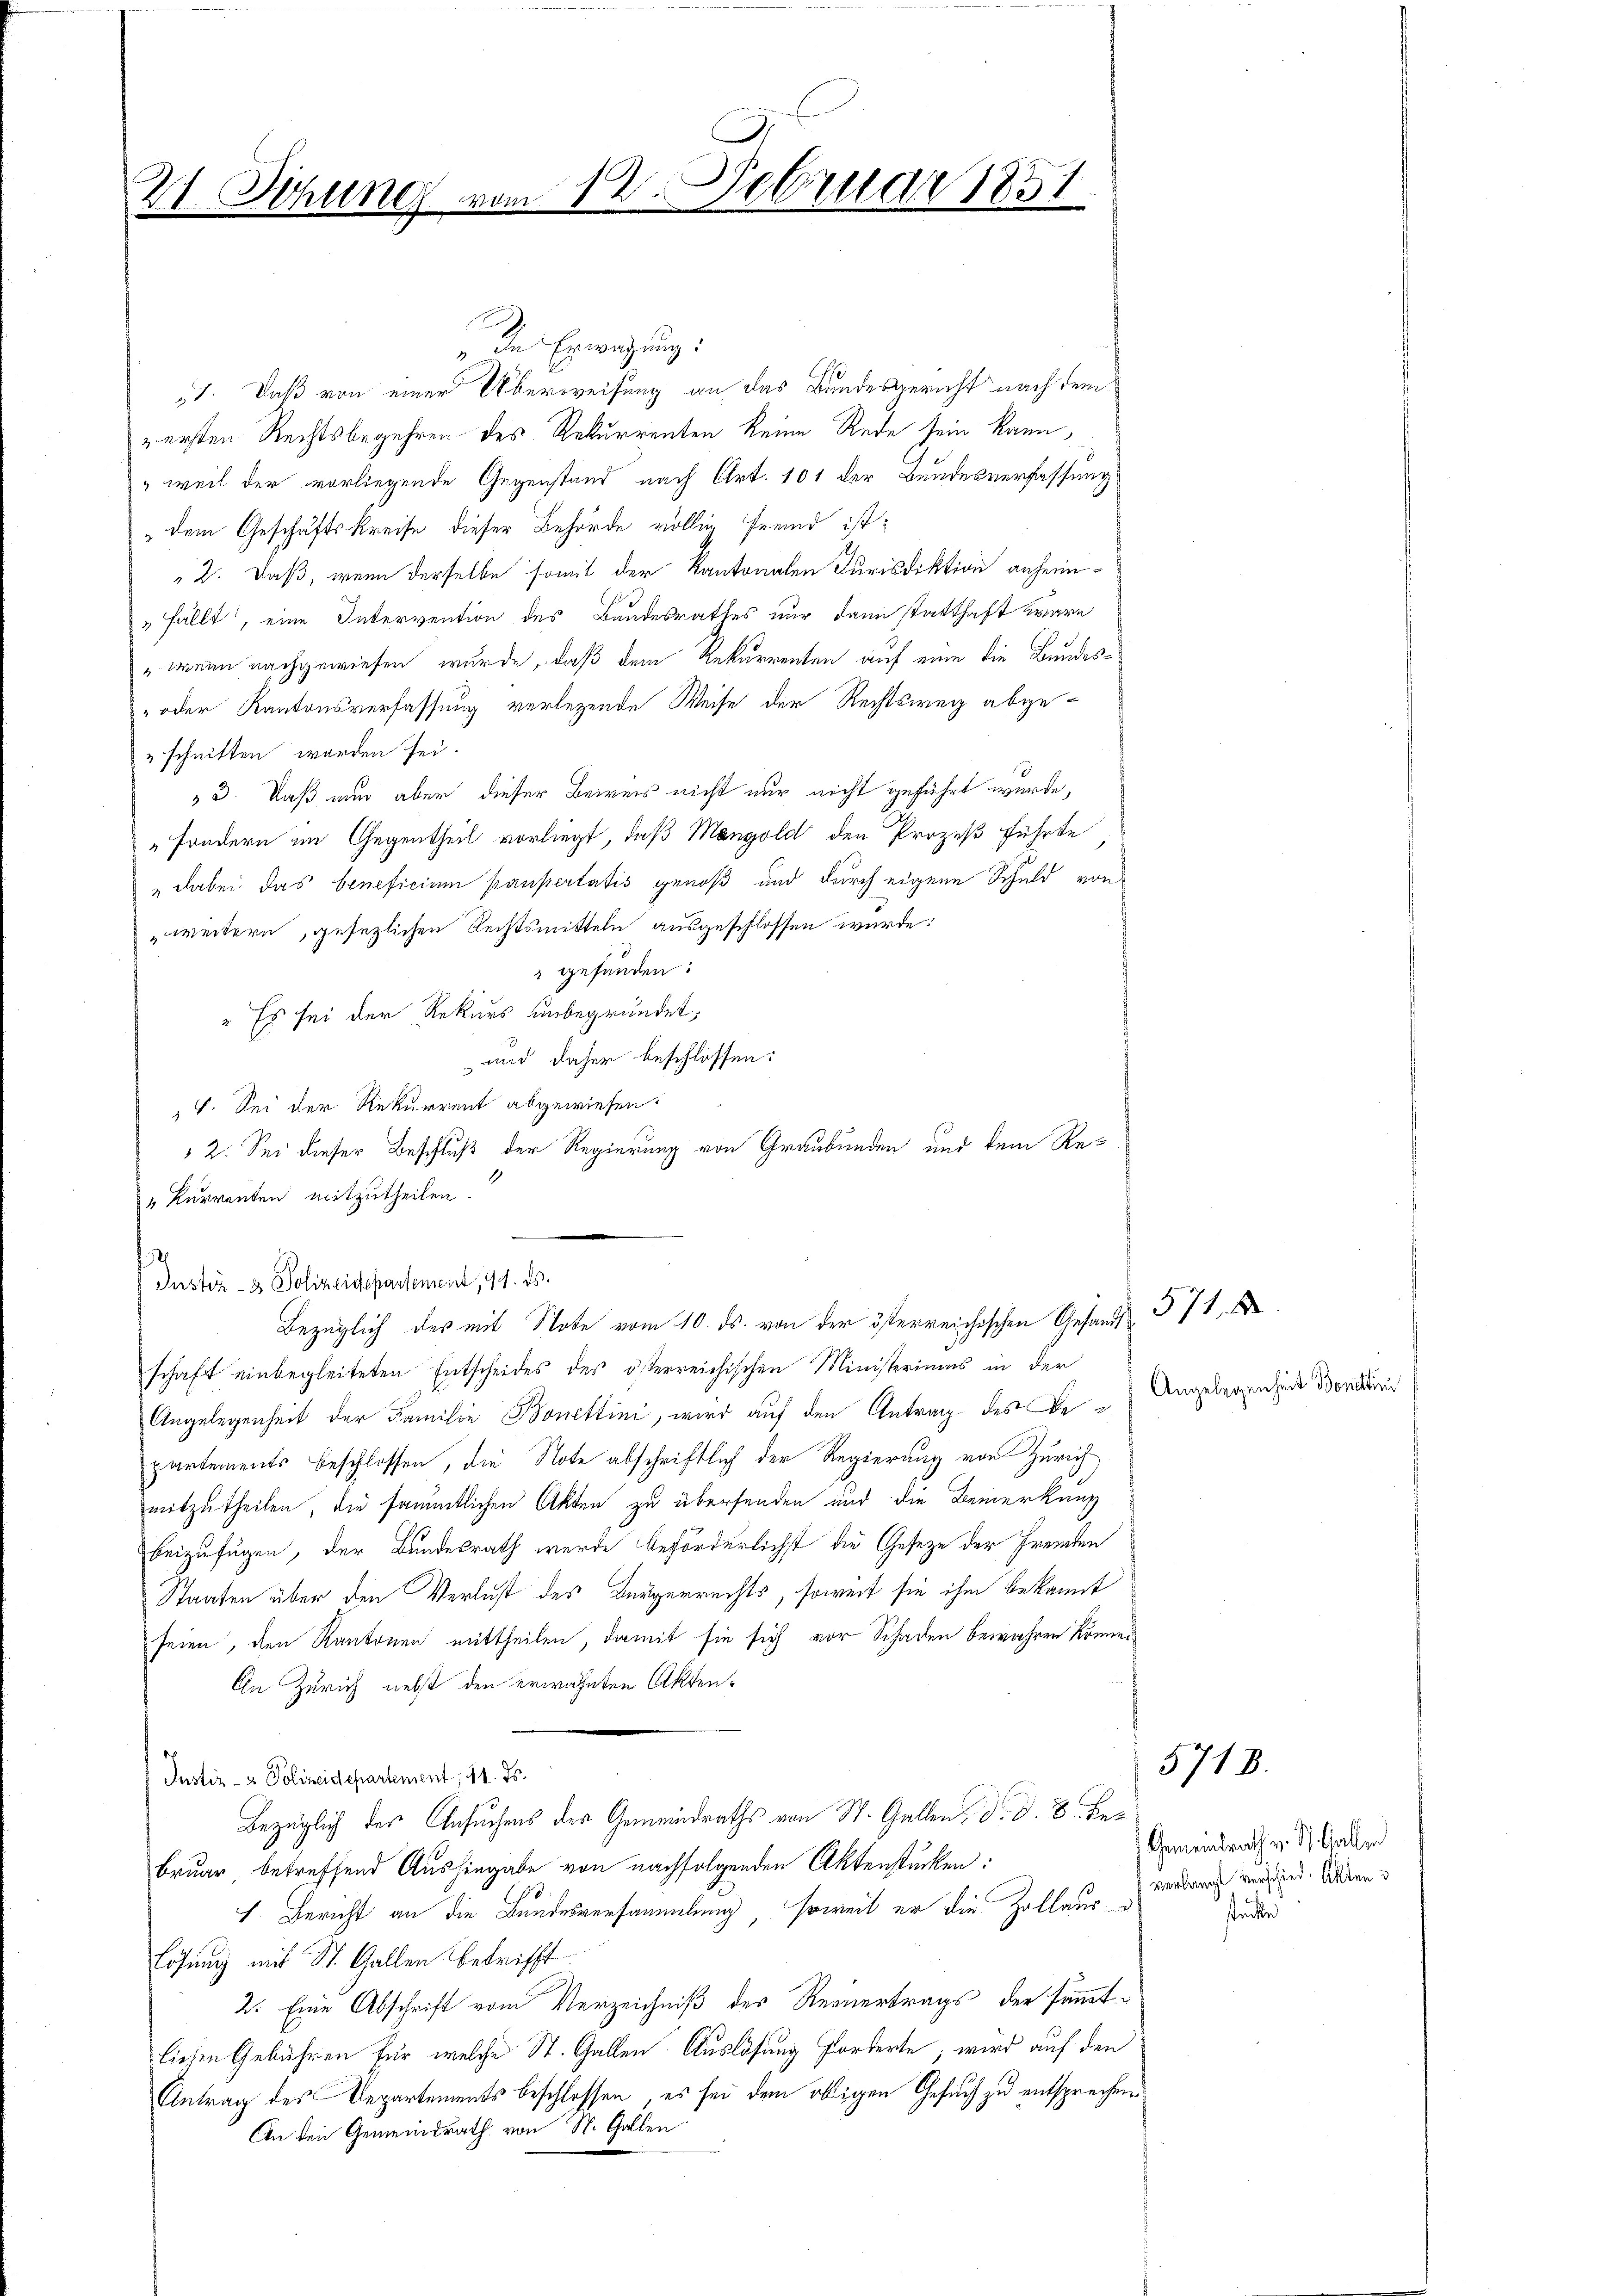
Di
21. Sitzung vom 12. Februar 1851.

In Erwägung:
1. Daß von einer Überweisung an das Bundesgericht nach dem
z ersten Rechtsbegehren des Rekurrenten keine Rede sein kann,
„weil der vorliegende Gegenstand nach Art. 101 der Bundesverfassung
„dem Geschäftskreise dieser Behörde völlig fremd ist:
2. Daß, wenn derselbe somit der Kantonalen Jurisdiktion anheim¬
"fällt, eine Intervention des Bandesrathes nur dann statthaft wäre
„wenn nachgewiesen wurde, daß dem Rekurrenten auf eine die Bundes¬
oder Kantonsverfassung verlegende Weise der Rechtsweg abgeschnitten worden sei.
3. Daß nun aber dieser Beweis nicht nur nicht geführt wurde,
„sondern im Gegentheil vorliegt, daß Mangold den Prozeß führte
dabei das beneficium paupertatis genoß und durch eigene Schuld von
weitern, gesezlichen Rechtsmitteln ausgeschlossen wurde:
 gefunden:
" Es sei der Rekurs unbegründet;
und daher beschlossen:
 4. Sei der Rekurrent abgewiesen.
2. Sei dieser Beschluß der Regierung von Graubünden und dem Re¬
„Kurrenten mitzutheilen.
Instiz- & Polizeisepartement, 197. ds.
Bezüglich des mit Note vom 10. ds. von der österreichischen Gesandt 571
schaft einbegleiteten Entscheides des österreichischen Ministeriums in der
Angelegenheit der Familie Bonettini, wird auf den Antrag des Be
partements beschlossen, die Note abschriftlich der Regierung von Zürich
mitzutheilen, die sämmtlichen Akten zu übersenden und die Bemerkung
beizufügen, der Bundesrath wurde beförderlichst die Gesetze der Fremden
Staaten über den Verlust des Bürgerrechts, soweit sie ihm bekannt
seien, den Kantonen mittheilen, damit sie sich vor Schaden bewahren könne.
An Zürich nebst den erwähnten Akten¬
Justiz- & Polizeidepartement, 11. ds.
Bezüglich des Gesuchens des Gemeindraths von St. Gallen, d. d. 8. Bebruar, betreffend Aushingabe von nachfolgenden Aktenstücken:
1. Bericht an die Bundesversammlung soweit er die Zollaus
Lösung mit St. Gallen betrifft
2. Eine Abschrift vom Verzeichniß der Revertrags der sämmtliesen Gebühren für welche St. Gallen. Auslösung forderte, wird auf den
Antrag des Departements beschlossen, es sei dem obigen Gesuch zu entsprechen.
An den Gemeindrath von St. Gallen

Angelegenheit Bonitten

Gemeindrath v. St. Gallen
verlangt verschied. Akten d

5718.

streite